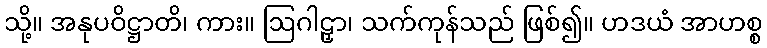
သို့။ အနုပဝိဋ္ဌာတိ၊ ကား။ ဩဂါဠှာ၊ သက်ကုန်သည် ဖြစ်၍။ ဟဒယံ အာဟစ္စ